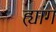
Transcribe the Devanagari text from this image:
ह्यांग